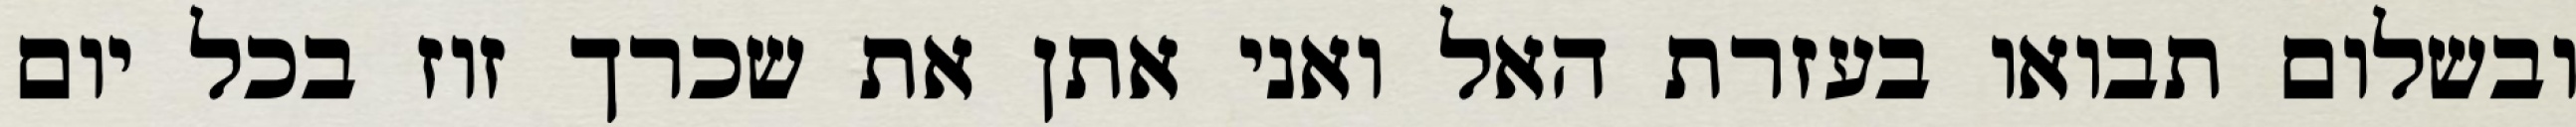
ובשלום תבואו בעזרת האל ואני אתן את שכרך זוז בכל יום